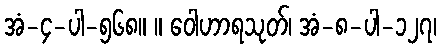
အံ-၄-ပါ-၅၆၈။ ။ ဝေါဟာရသုတ်၊ အံ-၈-ပါ-၁၂၇၊